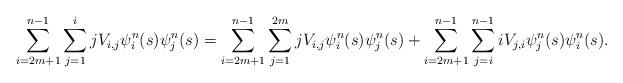
LaTeX: \begin{align*}\sum_{i=2m+1}^{n-1}\sum_{j=1}^{i}jV_{i,j}\psi^{n}_i(s)\psi^{n}_j(s)&=\sum_{i=2m+1}^{n-1}\sum_{j=1}^{2m}jV_{i,j}\psi^{n}_i(s)\psi^{n}_j(s) + \sum_{i=2m+1}^{n-1}\sum_{j=i}^{n-1}iV_{j,i}\psi^{n}_j(s)\psi^{n}_i(s).\end{align*}